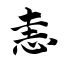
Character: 恚